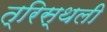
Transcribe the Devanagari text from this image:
त्रिस्थली